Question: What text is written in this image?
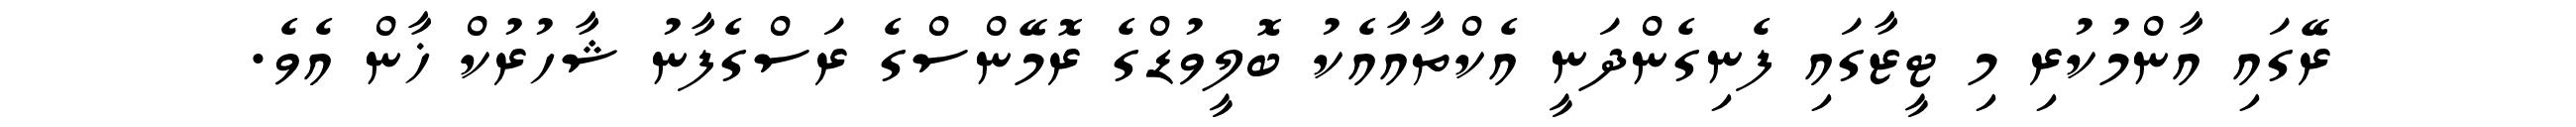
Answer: ރޭގައި އާންމުކުރި މި ޓީޒާގައި ފެނިގެންދަނީ އެކްތާއާއެކު ބޮލީވުޑްގެ ރޮމޭންސްގެ ރަސްގެފާނު ޝާހުރުކް ޚާން އެވެ.